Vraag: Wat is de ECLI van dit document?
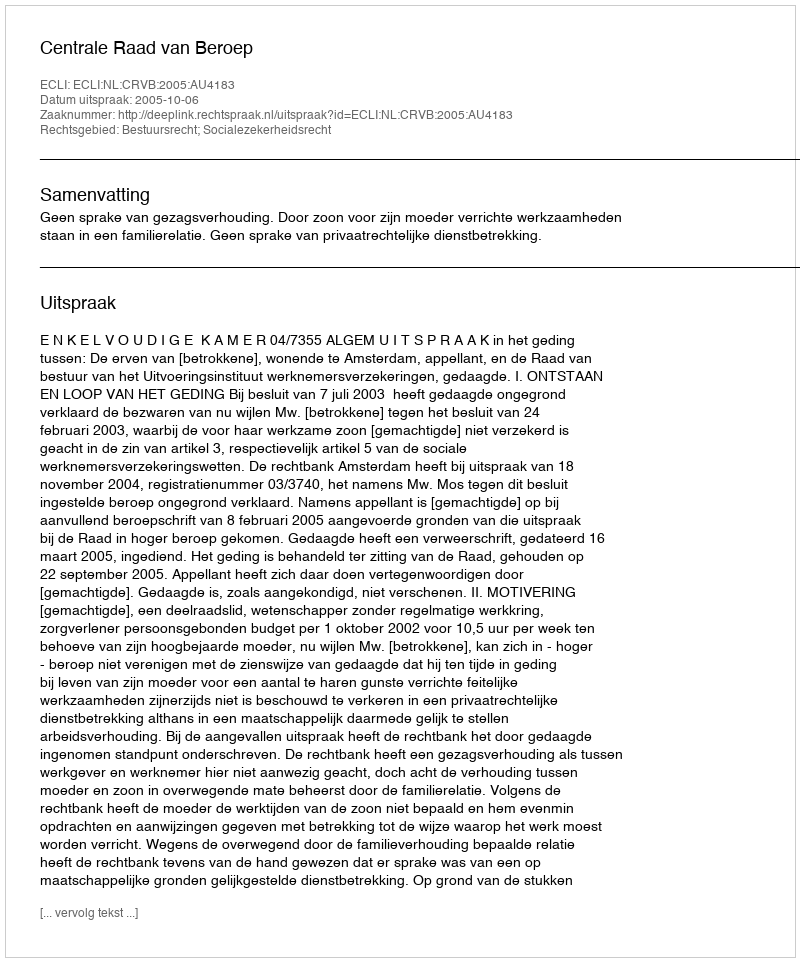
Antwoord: ECLI:NL:CRVB:2005:AU4183